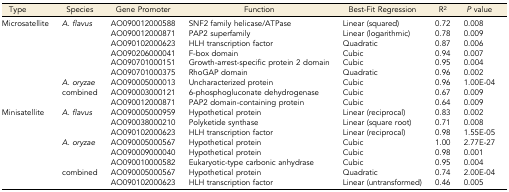
<table><thead><tr><td><b>Type</b></td><td><b>Species</b></td><td><b>Gene Promoter</b></td><td><b>Function</b></td><td><b>Best-Fit Regression</b></td><td><b>R<sup>2</sup></b></td><td><b><i>P</i> value</b></td></tr></thead><tbody><tr><td rowspan="9">Microsatellite</td><td rowspan="6"><i>A. flavus</i></td><td>AO090012000588</td><td>SNF2 family helicase/ATPase</td><td>Linear (squared)</td><td>0.72</td><td>0.008</td></tr><tr><td>AO090012000871</td><td>PAP2 superfamily</td><td>Linear (logarithmic)</td><td>0.78</td><td>0.009</td></tr><tr><td>AO090102000623</td><td>HLH transcription factor</td><td>Quadratic</td><td>0.87</td><td>0.006</td></tr><tr><td>AO090206000041</td><td>F-box domain</td><td>Cubic</td><td>0.94</td><td>0.007</td></tr><tr><td>AO090701000151</td><td>Growth-arrest-specific protein 2 domain</td><td>Cubic</td><td>0.95</td><td>0.004</td></tr><tr><td>AO090701000375</td><td>RhoGAP domain</td><td>Quadratic</td><td>0.96</td><td>0.002</td></tr><tr><td><i>A. oryzae</i></td><td>AO090005000013</td><td>Uncharacterized protein</td><td>Cubic</td><td>0.96</td><td>1.00E-04</td></tr><tr><td rowspan="2">combined</td><td>AO090003000121</td><td>6-phosphogluconate dehydrogenase</td><td>Cubic</td><td>0.67</td><td>0.009</td></tr><tr><td>AO090012000871</td><td>PAP2 domain-containing protein</td><td>Cubic</td><td>0.64</td><td>0.009</td></tr><tr><td rowspan="8">Minisatellite</td><td rowspan="3"><i>A. flavus</i></td><td>AO090005000959</td><td>Hypothetical protein</td><td>Linear (reciprocal)</td><td>0.83</td><td>0.002</td></tr><tr><td>AO090038000210</td><td>Polyketide synthase</td><td>Linear (square root)</td><td>0.71</td><td>0.008</td></tr><tr><td>AO090102000623</td><td>HLH transcription factor</td><td>Linear (reciprocal)</td><td>0.98</td><td>1.55E-05</td></tr><tr><td rowspan="3"><i>A. oryzae</i></td><td>AO090005000567</td><td>Hypothetical protein</td><td>Cubic</td><td>1.00</td><td>2.77E-27</td></tr><tr><td>AO090009000040</td><td>Hypothetical protein</td><td>Cubic</td><td>0.98</td><td>0.001</td></tr><tr><td>AO090010000582</td><td>Eukaryotic-type carbonic anhydrase</td><td>Cubic</td><td>0.95</td><td>0.004</td></tr><tr><td rowspan="2">combined</td><td>AO090005000567</td><td>Hypothetical protein</td><td>Quadratic</td><td>0.74</td><td>2.00E-04</td></tr><tr><td>AO090102000623</td><td>HLH transcription factor</td><td>Linear (untransformed)</td><td>0.46</td><td>0.005</td></tr></tbody></table>